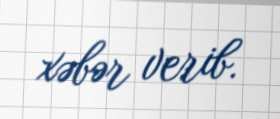
xəbər verib.